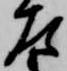
左